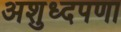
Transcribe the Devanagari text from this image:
अशुध्दपणा